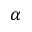
\alpha